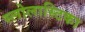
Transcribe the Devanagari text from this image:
स्लोलास्टिका